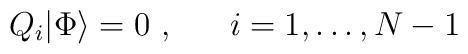
Q_{i}|\Phi\rangle = 0 \ , \ \ \quad i=1,\ldots ,N-1